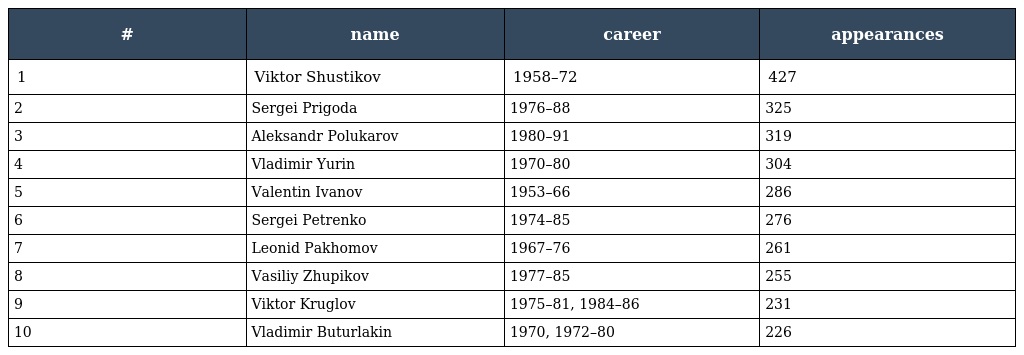
| # | name | career | appearances |
 | --- | --- | --- | --- |
 | 1 | Viktor Shustikov | 1958–72 | 427 |
 | 2 | Sergei Prigoda | 1976–88 | 325 |
 | 3 | Aleksandr Polukarov | 1980–91 | 319 |
 | 4 | Vladimir Yurin | 1970–80 | 304 |
 | 5 | Valentin Ivanov | 1953–66 | 286 |
 | 6 | Sergei Petrenko | 1974–85 | 276 |
 | 7 | Leonid Pakhomov | 1967–76 | 261 |
 | 8 | Vasiliy Zhupikov | 1977–85 | 255 |
 | 9 | Viktor Kruglov | 1975–81, 1984–86 | 231 |
 | 10 | Vladimir Buturlakin | 1970, 1972–80 | 226 |